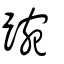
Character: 踠